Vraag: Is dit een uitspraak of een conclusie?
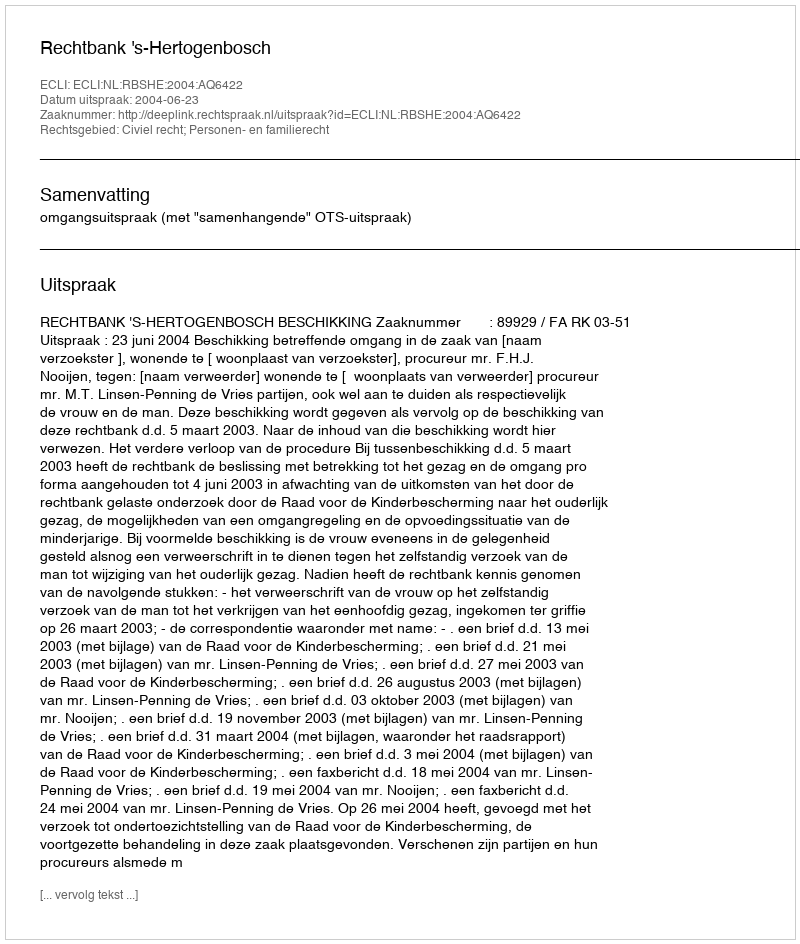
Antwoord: Uitspraak